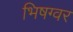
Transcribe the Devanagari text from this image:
भिषग्वर